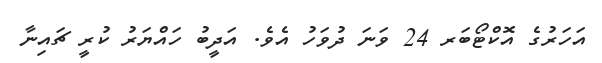
އަހަރުގެ އޮކްޓޯބަރ 24 ވަނަ ދުވަހު އެވެ. އަދީބު ހައްޔަރު ކުރީ ޗައިނާ